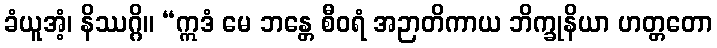
ခံယူအံ့၊ နိဿဂ္ဂိ။ “ဣဒံ မေ ဘန္တေ စီဝရံ အဉာတိကာယ ဘိက္ခုနိယာ ဟတ္တတော